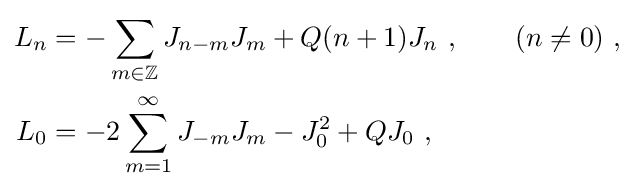
{\begin{aligned}L_{n}&=-\sum _{m\in {\mathbb {Z} }}J_{n-m}J_{m}+Q(n+1)J_{n}\ ,\qquad (n\neq 0)\ ,\\L_{0}&=-2\sum _{m=1}^{\infty }J_{-m}J_{m}-J_{0}^{2}+QJ_{0}\ ,\end{aligned}}